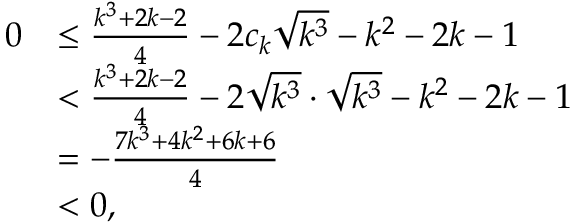
\begin{array} { r l } { 0 } & { \leq \frac { k ^ { 3 } + 2 k - 2 } { 4 } - 2 c _ { k } \sqrt { k ^ { 3 } } - k ^ { 2 } - 2 k - 1 } \\ & { < \frac { k ^ { 3 } + 2 k - 2 } { 4 } - 2 \sqrt { k ^ { 3 } } \cdot \sqrt { k ^ { 3 } } - k ^ { 2 } - 2 k - 1 } \\ & { = - \frac { 7 k ^ { 3 } + 4 k ^ { 2 } + 6 k + 6 } { 4 } } \\ & { < 0 , } \end{array}